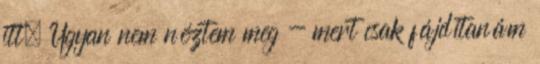
itt. Ugyan nem néztem meg - mert csak fájdítanám